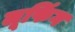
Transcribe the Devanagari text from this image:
लूफिंग